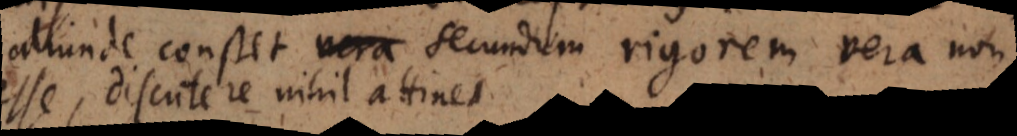
aliunde constet vera secundum rigorem vera non